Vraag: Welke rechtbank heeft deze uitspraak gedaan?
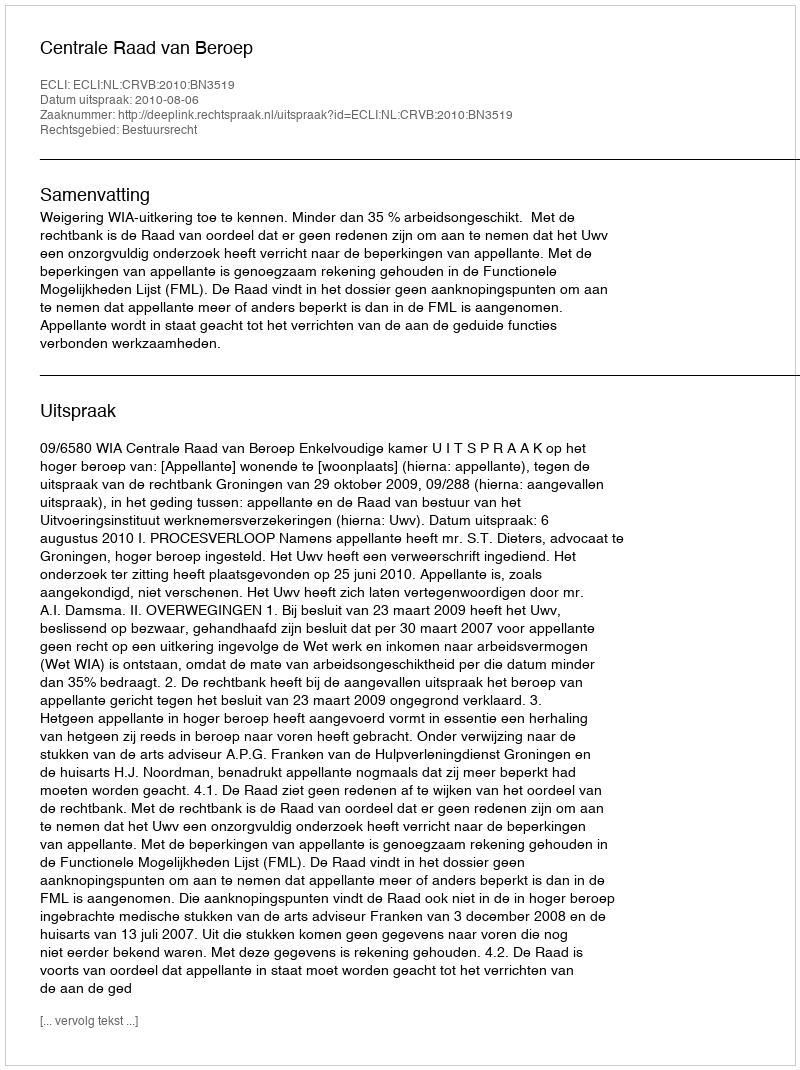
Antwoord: Centrale Raad van Beroep